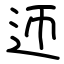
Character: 迊